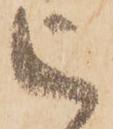
被